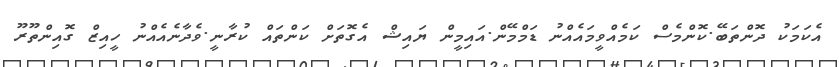
އެކަމަކު ދޮންތަބޭ.ކޮންމެސް ކަމެއްވީމައެއްނު ޑަމްމޭން.އައިމީން ޔައިޝް އެގޮތަށް ކަންތައް ކުރާނީ.ވެދާނެއެއްނު ހީއިޒް ގޮއިންތޫރޫ